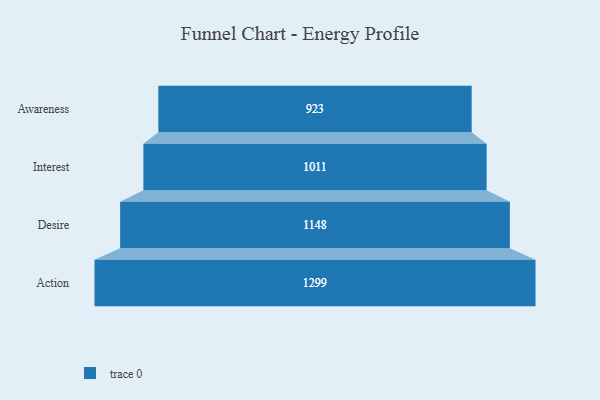
{"axis": {"x": "Stage", "y": "Value"}, "legend": [""], "data": [{"x": "Awareness", "y": 923.0, "type": ""}, {"x": "Interest", "y": 1011.0, "type": ""}, {"x": "Desire", "y": 1148.0, "type": ""}, {"x": "Action", "y": 1299.0, "type": ""}]}